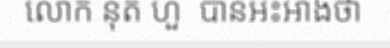
លោក នុត ហួ  បានអះអាងថា